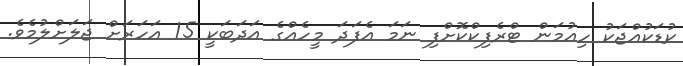
ކުޑަކުއްޖަކު ހިއުމަން ޓްރެފިކްކޮށްފި ނަމަ އެފަދަ މީހެއްގެ އަދަބަކީ 15 އަހަރަށް ޖަލަށްލުމެވެ.